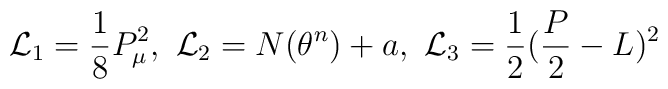
{\cal L}_1=\frac{1}{8}P_\mu^2, \mbox{ }{\cal L}_2=N(\theta^n)+a, \mbox{ }{\cal L}_3=\frac{1}{2}(\frac{P}{2}-L)^2